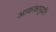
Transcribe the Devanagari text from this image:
आकांक्षापुढति